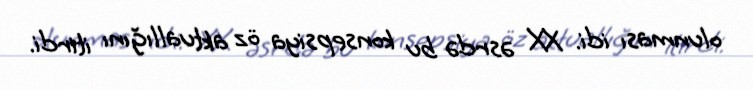
olunması idi. XX əsrdə bu konsepsiya öz aktuallığını itirdi.